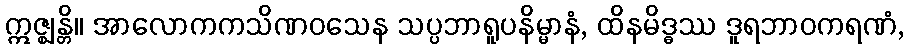
ဣဇ္ဈန္တိ။ အာလောကကသိဏဝသေန သပ္ပဘာရူပနိမ္မာနံ, ထိနမိဒ္ဓဿ ဒူရဘာဝကရဏံ,